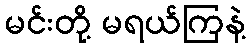
မင်းတို့ မရယ်ကြနဲ့